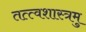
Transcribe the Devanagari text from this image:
तत्त्वशास्त्रमु